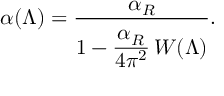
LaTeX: \alpha ( \Lambda ) = { \frac { \alpha _ { R } } { 1 - { \frac { \textstyle \strut \alpha _ { R } } { \textstyle \strut 4 \pi ^ { 2 } } } \, W ( \Lambda ) } } .